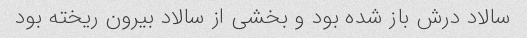
سالاد درش باز شده بود و بخشی از سالاد بیرون ریخته بود